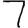
Digit: 7